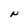
Character: N